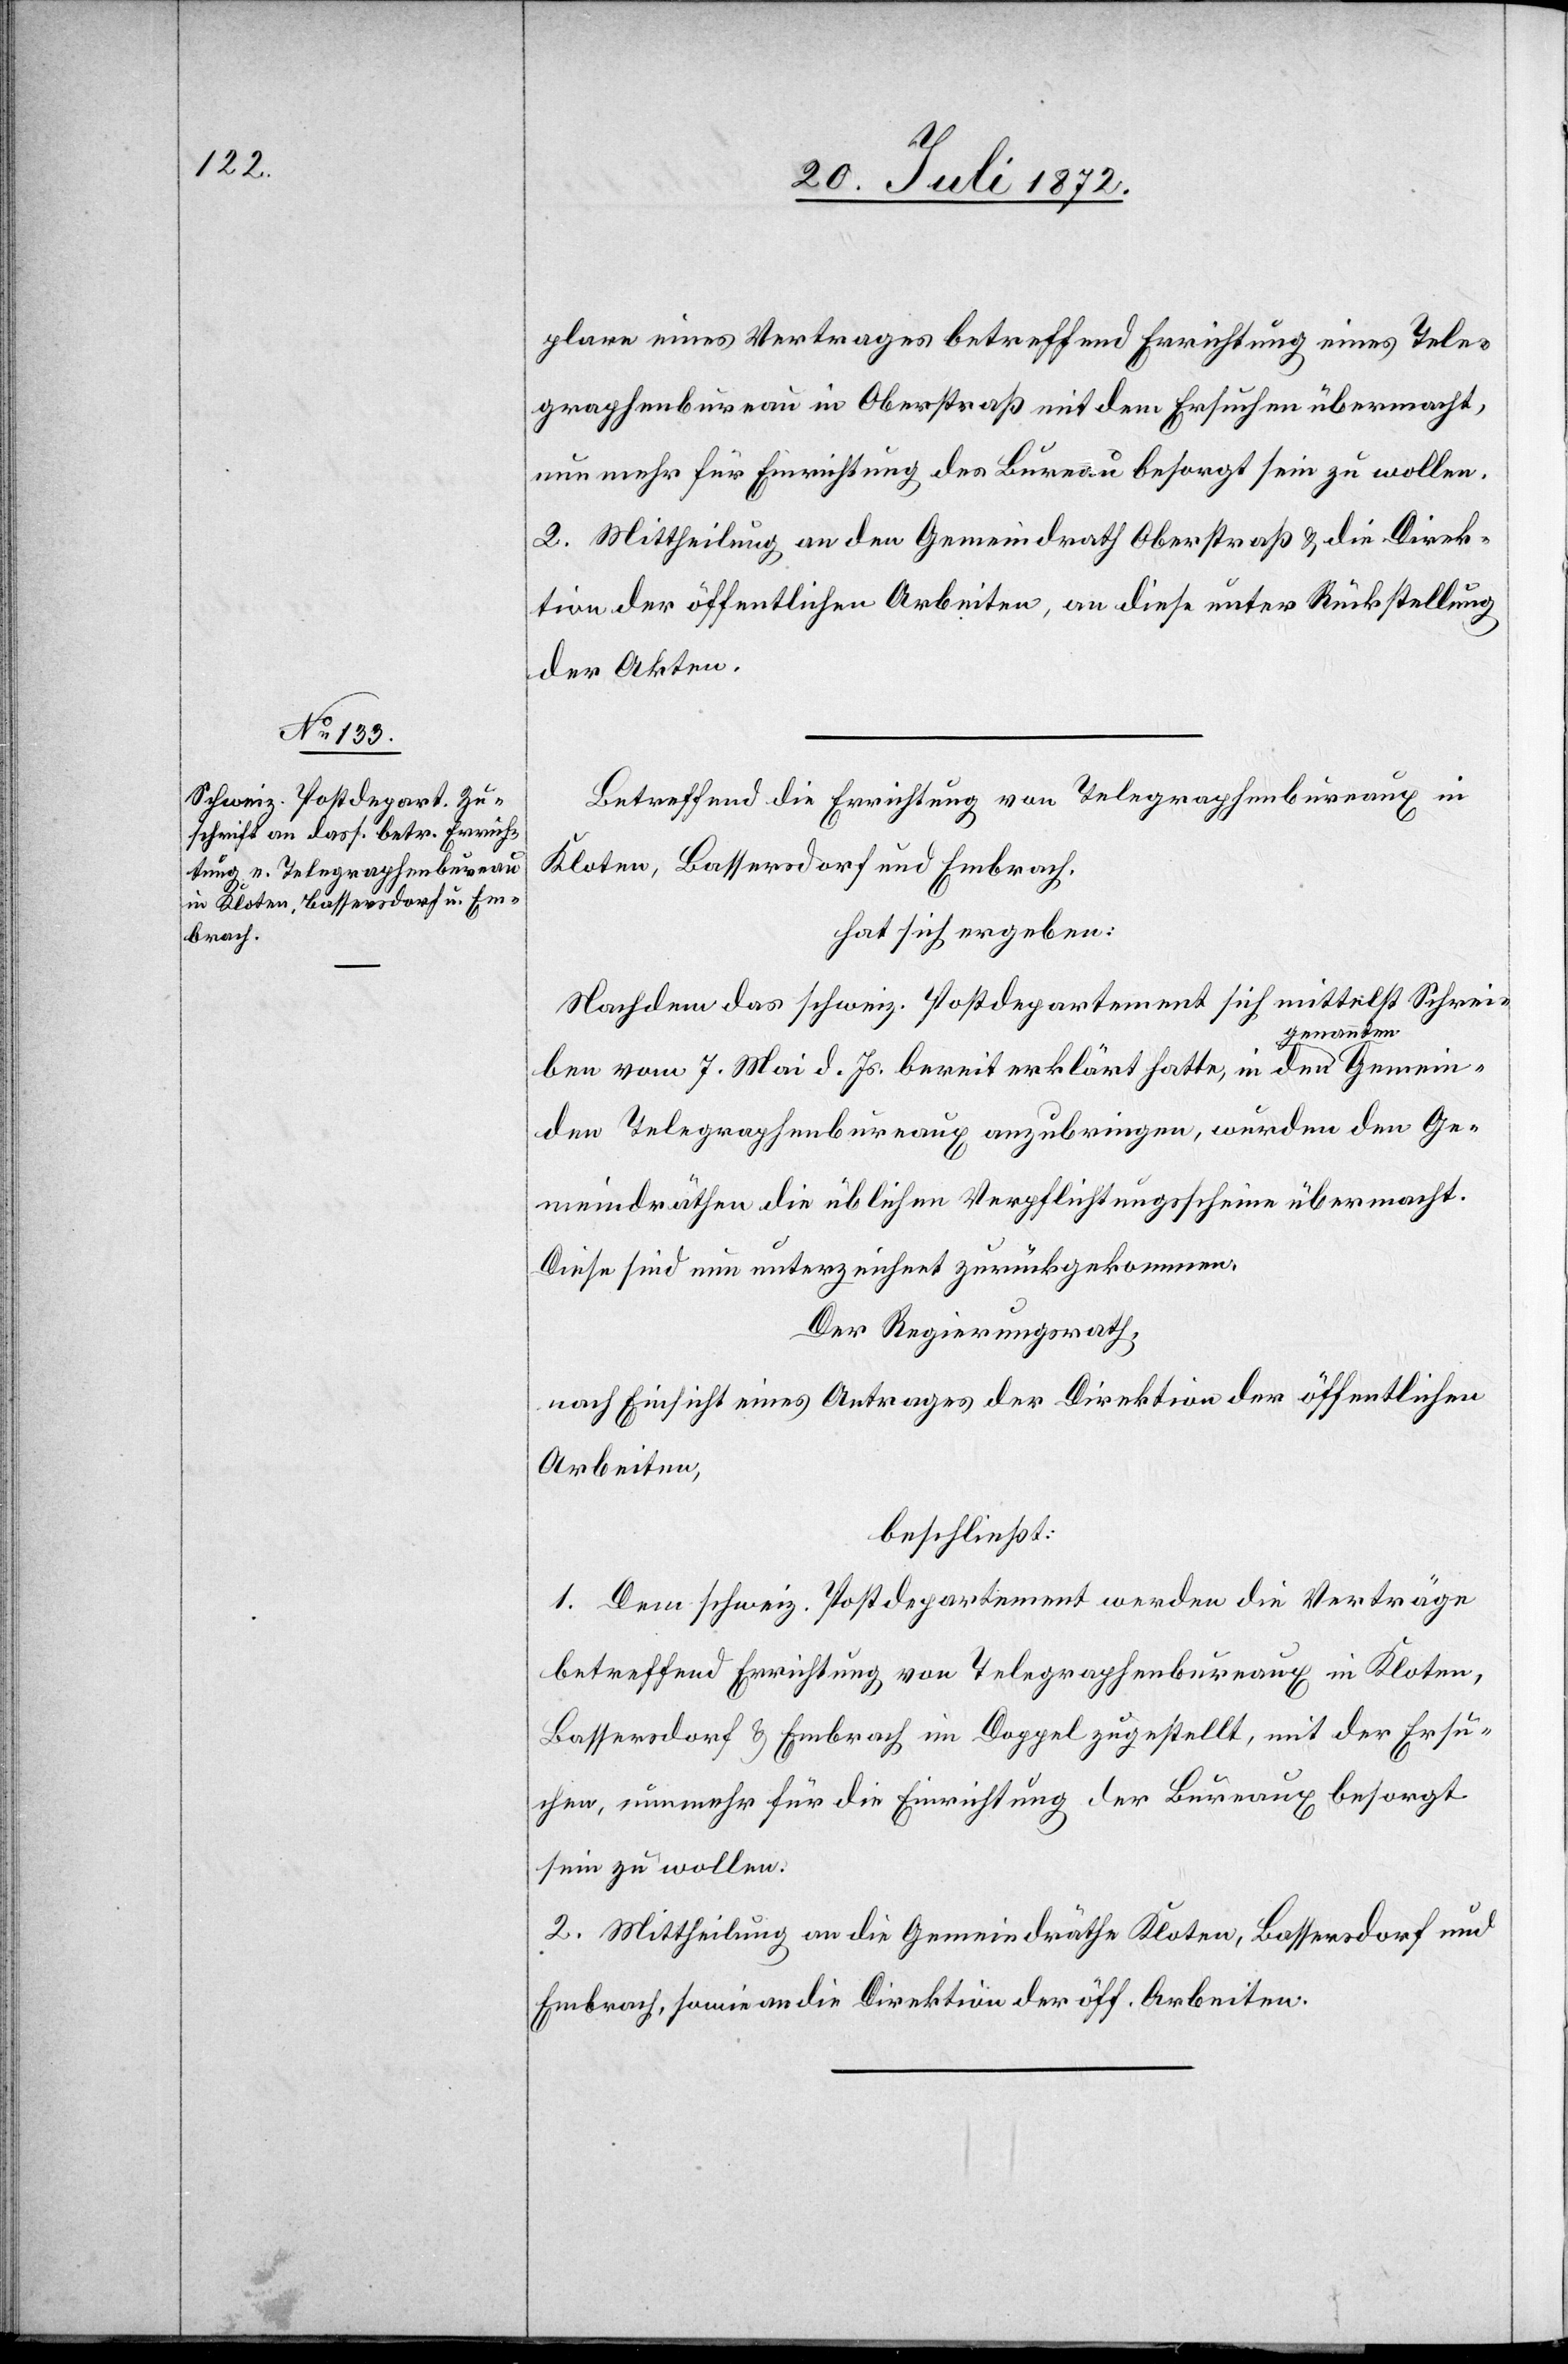
plare eines Vertrages betreffend Errichtung eines Tele¬
graphenbureau in Oberstraß mit dem Ersuchen übermacht,
nun mehr für Einrichtung des Bureau besorgt sein zu wollen.
2. Mittheilung an den Gemeindrath Oberstraß u. die Direk¬
tion der öffentlichen Arbeiten, an diese unter Rückstellung
der Akten.
Betreffend die Errichtung von Telegraphenbureaux in
Kloten, Bassersdorf und Embrach,
hat sich ergeben:
Nachdem das schweiz. Postdepartement sich mittelst Schrei¬
ben vom 7. Mai d. Js. bereit erklärt hatte, in den genannten Gemein¬
den Telegraphenbureaux anzubringen, wurden den Ge¬
meindräthen die üblichen Verpflichtungsscheine übermacht.
Diese sind nun unterzeichnet zurückgekommen.
Der Regierungsrath,
nach Einsicht eines Antrages der Direktion der öffentlichen
Arbeiten,
beschließt:
1. Dem schweiz. Postdepartement werden die Verträge
betreffend Errichtung von Telegraphenbureaux in Kloten,
Bassersdorf u. Embrach im Doppel zugestellt, mit der Ersuchen
[sic!], nunmehr für die Einrichtung der Buraux besorgt
sein zu wollen.
2. Mittheilung an die Gemeindräthe Kloten, Bassersdorf und
Embrach, sowie an die Direktion der öff. Arbeiten.